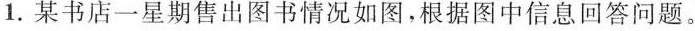
1. 某书店一星期售出图书情况如图，根据图中信息回答问题。